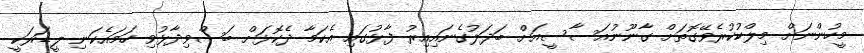
މީހުންނަށް މިލްކުކުރެވޭގޮތަށް ގާނޫނުއަސާސީއަށް ބަދަލުގެނައިއިރު ފާޅުގައި އެކަމާ ދެކޮޅަށް ބަސްވިދާޅުވި ހަމައެކަނި ލީޑަރަކީ